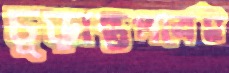
চূড়ান্তপর্বেই